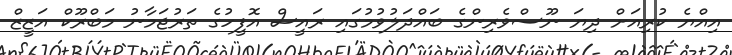
އިއްޔެ ކުރިއަށް ދިޔަ ނޫސްވެރިންގެ ބައްދަލުވުމުގައި ރައީސް އޮފީހުގެ ތަރުޖަމާނު މަބްރޫކް އަޒީޒް